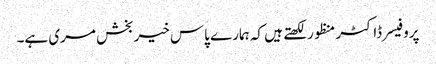
پروفیسر ڈاکٹر منظور لکھتے ہیں کہ ہمارے پاس خیربخش مری ہے۔